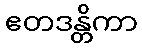
ဧတဒန္တိကာ